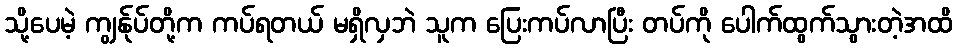
သို့ပေမဲ့ ကျွန်ုပ်တို့က ကပ်ရတယ် မရှိလှဘဲ သူက ပြေးကပ်လာပြီး တပ်ကို ပေါက်ထွက်သွားတဲ့အထိ